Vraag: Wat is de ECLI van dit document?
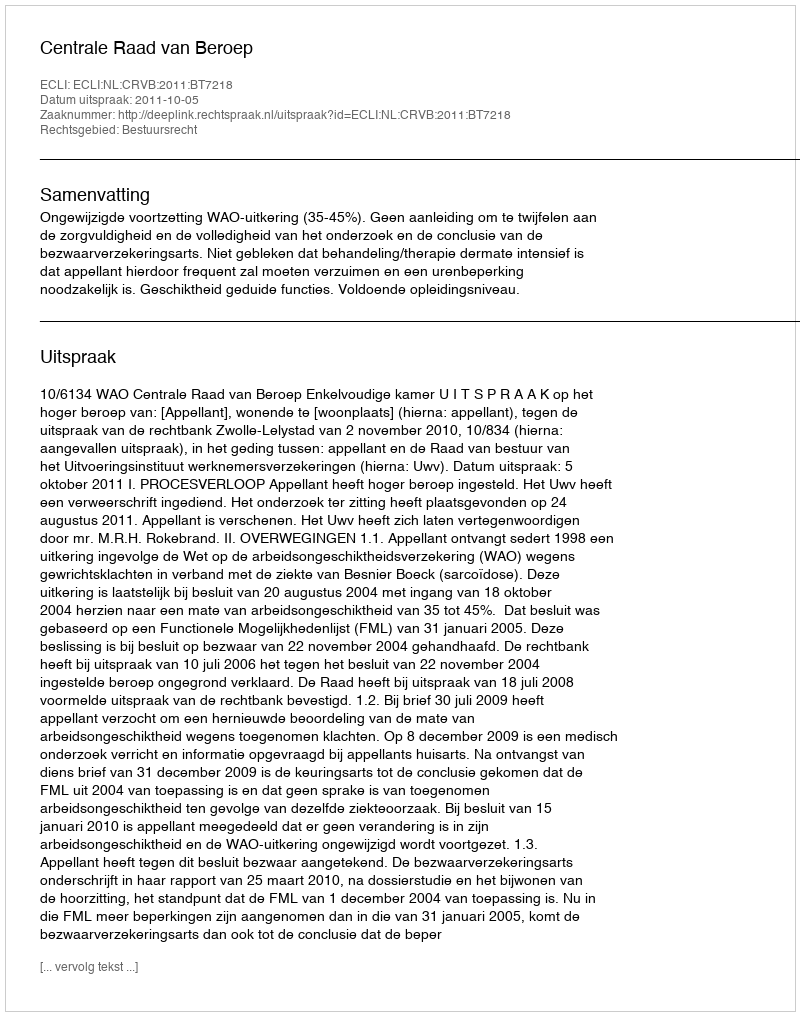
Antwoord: ECLI:NL:CRVB:2011:BT7218